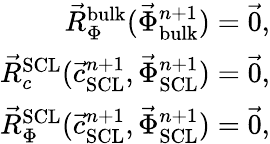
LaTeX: \begin{array}{r}{\vec{R}_{\Phi}^{\mathrm{bulk}}(\vec{\Phi}_{\mathrm{bulk}}^{n+1})=\vec{0},}\\ {\vec{R}_{c}^{\mathrm{SCL}}(\vec{c}_{\mathrm{SCL}}^{n+1},\vec{\Phi}_{\mathrm{SCL}}^{n+1})=\vec{0},}\\ {\vec{R}_{\Phi}^{\mathrm{SCL}}(\vec{c}_{\mathrm{SCL}}^{n+1},\vec{\Phi}_{\mathrm{SCL}}^{n+1})=\vec{0},}\end{array}